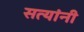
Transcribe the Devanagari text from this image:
सत्यांनी